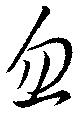
忽